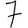
Digit: 7